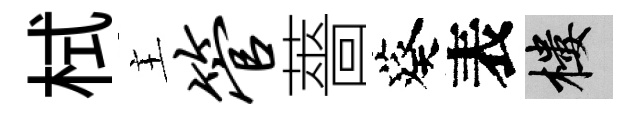
栻主管薔葵表樓